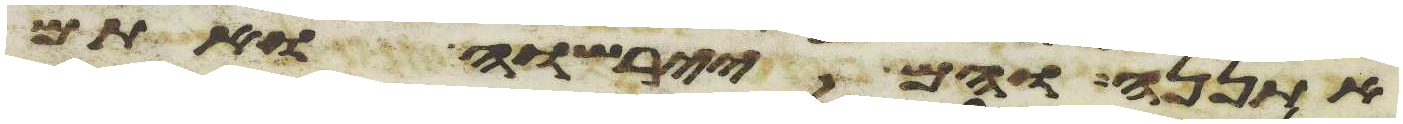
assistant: אתננה והם יירשוה ואתם